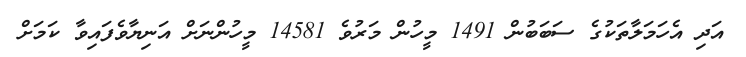
އަދި އެހަމަލާތަކުގެ ސަބަބުން 1491 މީހުން މަރުވެ 14581 މީހުންނަށް އަނިޔާވެފައިވާ ކަމަށް